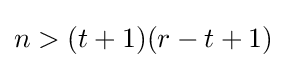
n>(t+1)(r-t+1)